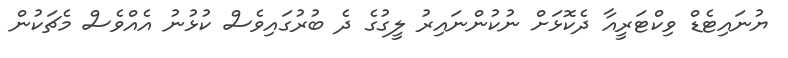
ޔުނައިޓެޑް ވިކްޓަރީއާ ދެކޮޅަށް ނުކުންނައިރު ލީގުގެ ދެ ބުރުގައިވެސް ކުޅުނު އެއްވެސް މެޗަކުން